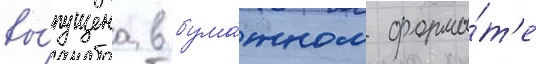
вы́пущена в бума́жном форма́т'е